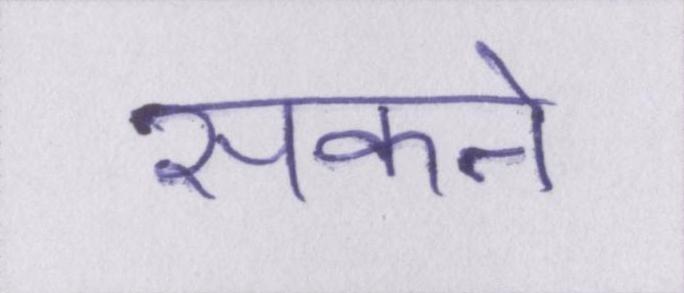
सकने